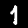
Label: 1